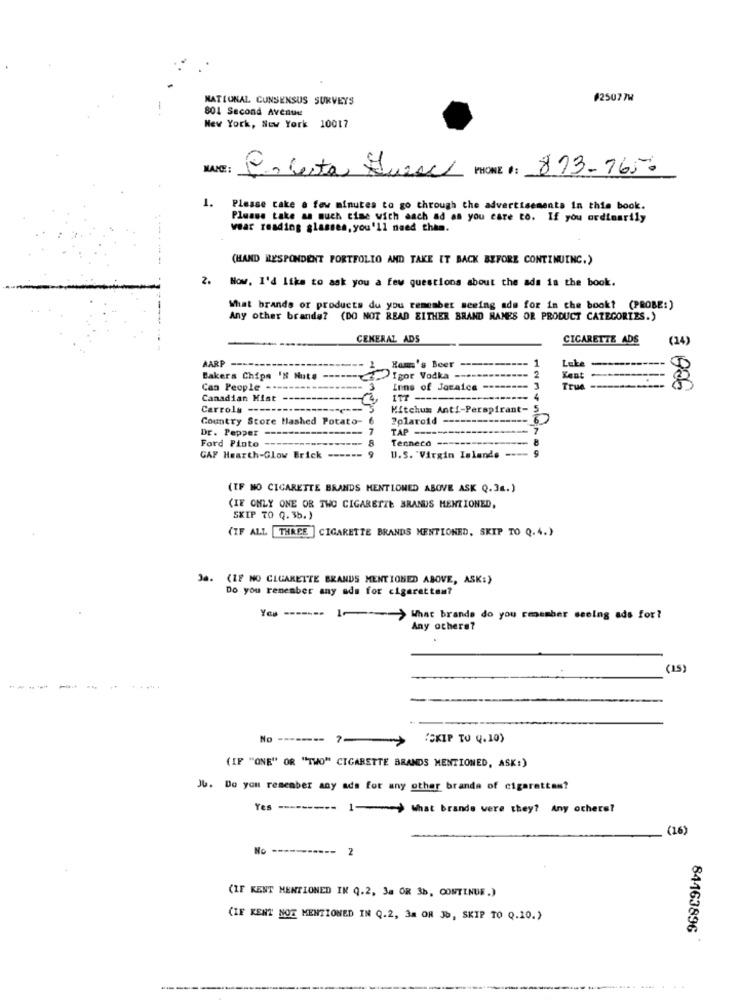
NATIONAL CONSENSUS SURVEYS
#25077W
801 Second Avenue
New York, New York 10017
$13-1650
En certa Quesal MONE 1:
1. Please take a few minutes to go through the advertisements in this book.
Please take as much cime with each ad as you care to. If you ordinarily
waar reading glasses, you'll need them.
(HAND RESPONDENT PORTFOLIO AND TAKE IT BACK BEFORE CONTINUING.)
2.
Now. I'd like to ask you a few questions about the ads in the book.
What brands or products du you remember seeing ads for in the book? (PROBE:)
Any other brands? (DO NOT READ EITHER BRAND NAMES OR PRODUCT CATEGORIES.)
ÇEKERAL ADS
CIGARETTE ADS
(24)
AARP
Ham's Beer ---------- 1
2
Luke
---
Bakers Chips IN Nute -
Igor Vodka ----
Kent
--
Can People -----------
Inne of Jocaica
True
€ 006
Canadian Mist
4
Carrols -----
Mitchum Anti-Perspirant-
Country Store Hashed Potato-
Polaroid
Dr. Pepper
TAP -----------------
- 7
Ford Pinto
Ternera
8
GAF Hearth-Glow Brick
U.S. "Virgin Islands ----
(IF NO CIGARETTE BRANDS MENTIONED ABOVE ASK Q.36.)
(IF ONLY ONE OR TWO CIGARETTE BRANDS MENTIONED,
SKIP TO 0.35.)
(IF ALL THREE ] CIGARETTE BRANDS MENTIONED, SKIP TO Q.4.)
3a. (IF NO CIGARETTE BRANDS MENTIONED ABOVE, ASK:)
Do you remember any ada for cigarettes?
Yes --- >What brands do you remember seeing ads for?
Any othere?
(15)
No --------
7-
>
"SKIP TO 4.10)
(IF "ONE" OR "TWO" CIGARETTE BRANDS MENTIONED, ASK:)
JU. Do you remember any ads for any other brands of cigarettes?
Yes ------ What brande were they? Any others?
(16)
2
(IF KENT MENTIONED IN Q.2, 3a OR 3b, CONTINUE.)
(IF KENT NOT MENTIONED IN Q.2, 3a OR Jb, SKIP TO Q.10.)
84163896